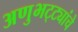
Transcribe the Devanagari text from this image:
अणुभट्ट्यांचे